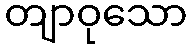
တျာဝုသော